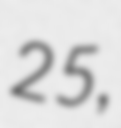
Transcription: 25,